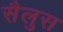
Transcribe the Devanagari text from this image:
सैलुस